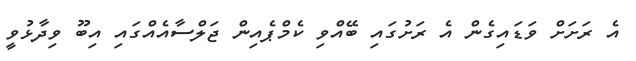
އެ ރަށަށް ވަޑައިގެން އެ ރަށުގައި ބޭއްވި ކެމްޕެއިން ޖަލްސާއެއްގައި އިބޫ ވިދާޅުވީ